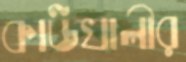
কাউখালীর